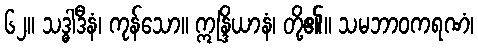
၆၂။ သဒ္ဓါဒီနံ၊ ကုန်သော။ ဣန္ဒြိယာနံ၊ တို့၏။ သမဘာဝကရဏံ၊